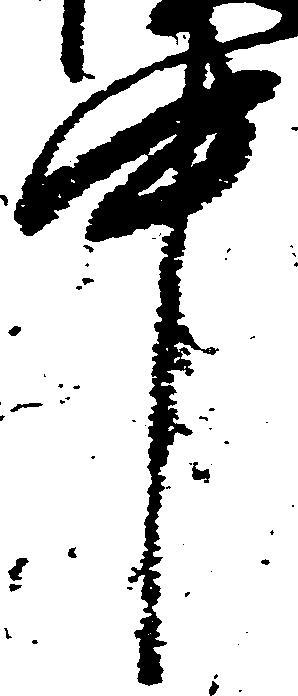
中